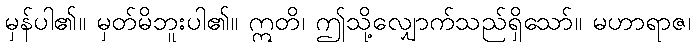
မှန်ပါ၏။ မှတ်မိဘူးပါ၏။ ဣတိ၊ ဤသို့လျှောက်သည်ရှိသော်။ မဟာရာဇ၊